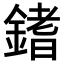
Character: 𨪌